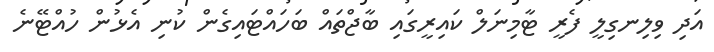
އަދި ވިލިނގިލީ ފެރީ ޓާމިނަލް ކައިރީގައި ބާޖްތައް ބަހައްޓައިގެން ކުނި އެޅުން ހުއްޓޭނެ